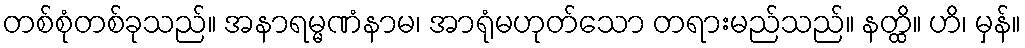
တစ်စုံတစ်ခုသည်။ အနာရမ္မဏံနာမ၊ အာရုံမဟုတ်သော တရားမည်သည်။ နတ္ထိ။ ဟိ၊ မှန်။